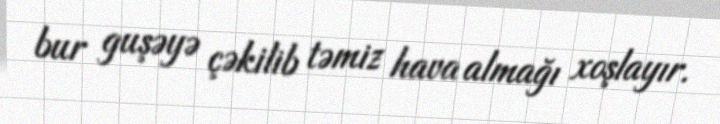
bur guşəyə çəkilib təmiz hava almağı xoşlayır.